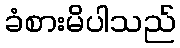
ခံစားမိပါသည်